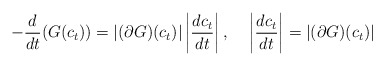
\begin{align*}-\frac{d}{dt}(G(c_{t}))=\left|(\partial G)(c_{t})\right|\left|\frac{dc_{t}}{dt}\right|,\,\,\,\,\,\,\,\left|\frac{dc_{t}}{dt}\right|=|(\partial G)(c_{t})|\end{align*}